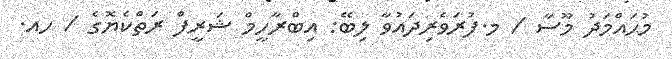
މުޙައްމަދު މޫސާ / މ.ފުރަވެރިދައުވާ ލިބޭ: އިބްރާހީމް ޝަރީފް ރަތްކެޔޮގެ / ހއ.